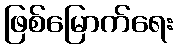
ဖြစ်မြောက်ရေး